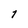
Character: 1